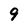
Character: 9